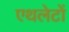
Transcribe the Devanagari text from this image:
एथलेटों